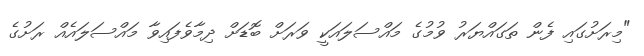
"މިރަށުގައި ފެން ތަގައްޔަރު ވުމުގެ މައްސަލައަކީ ވަރަށް ބޮޑަށް ދިމާވެފައިވާ މައްސަލައެއް ރަށުގެ